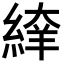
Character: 𦂡